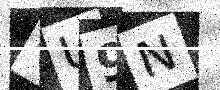
Text: 4U9N